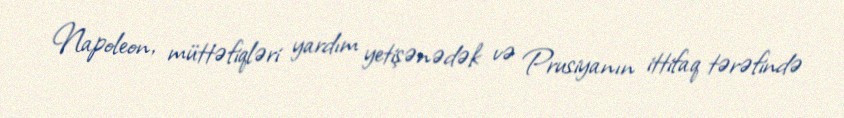
Napoleon, müttəfiqləri yardım yetişənədək və Prusiyanın ittifaq tərəfində